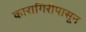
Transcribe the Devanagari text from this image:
कारागिरीपासून